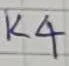
Text: K4